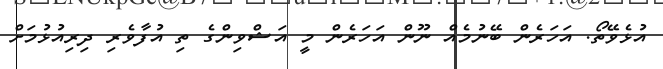
އުޅެވޭތޯ. އަހަރެން ބޭނުމެއް ނޫން އަހަރެން މީ އަޝްވިންގެ ތި އުފާވެރި ދިރިއުޅުމަށް